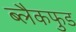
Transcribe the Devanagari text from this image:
ब्लैकफुड